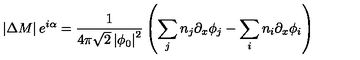
\left| \Delta M \right| e ^ { i \alpha } = \frac { 1 } { 4 \pi \sqrt { 2 } \left| \phi _ { 0 } \right| ^ { 2 } } \left( \sum _ { j } n _ { j } \partial _ { x } \phi _ { j } - \sum _ { i } n _ { i } \partial _ { x } \phi _ { i } \right)